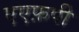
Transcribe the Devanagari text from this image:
एएफ़पी